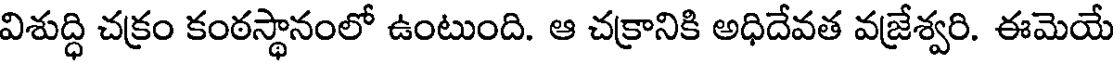
విశుద్ధి చక్రం కంఠస్థానంలో ఉంటుంది. ఆ చక్రానికి అధిదేవత వజ్రేశ్వరి. ఈమెయే